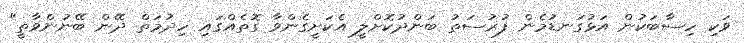
ވަކި ހިސާބަކުން އަޅުގަނޑުމެން ފުރުސަތު ބަންދުކޮށްލީ އެކަށީގެންވާ ގޮތެއްގައި ހިދުމަތް ދޭން ބޭނުންވާތީ"